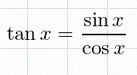
\tan x=\frac{\sin x}{\cos x}